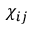
\chi _ { i j }